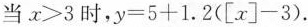
当$$x>3$$时，$$y=5+1.2([x]-3)$$.